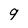
Character: 9